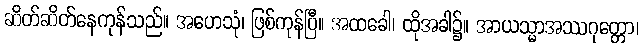
ဆိတ်ဆိတ်နေကုန်သည်။ အဟေသုံ၊ ဖြစ်ကုန်ပြီ။ အထခေါ၊ ထိုအခါ၌။ အာယသ္မာအဿဂုတ္တော၊